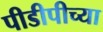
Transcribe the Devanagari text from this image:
पीडीपीच्या